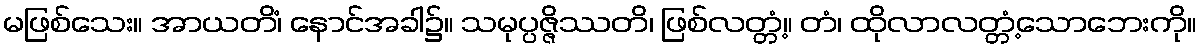
မဖြစ်သေး။ အာယတိံ၊ နောင်အခါ၌။ သမုပ္ပဇ္ဇိဿတိ၊ ဖြစ်လတ္တံ့။ တံ၊ ထိုလာလတ္တံ့သောဘေးကို။